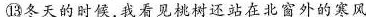
⑬ \underline{冬天的时候，我看见桃树还站在北窗外的寒风}